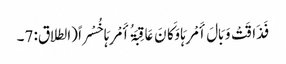
فَذَاقَتْ وَبَالَ أَمْرِہَا وَکَانَ عَاقِبَۃُ أَمْرِہَا خُسْراً (الطلاق: 7۔